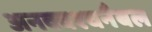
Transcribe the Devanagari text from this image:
अनक्वश्चनैबल